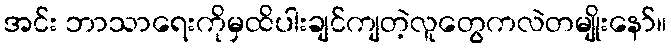
အင်း ဘာသာရေးကိုမှထိပါးချင်ကျတဲ့လူတွေကလဲတမျိုးနော်။